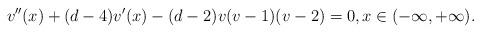
LaTeX: \begin{align*} v''(x) + (d-4) v'(x) - (d-2) v (v-1)(v-2)=0, x \in (-\infty, +\infty).\end{align*}